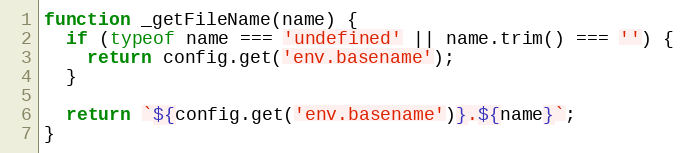
Language: JavaScript
function _getFileName(name) {
  if (typeof name === 'undefined' || name.trim() === '') {
    return config.get('env.basename');
  }

  return `${config.get('env.basename')}.${name}`;
}